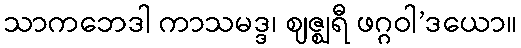
သာကဘေဒါ ကာသမဒ္ဒ၊ ဈဇ္ဈရီ ဖဂ္ဂဝါ’ဒယော။